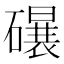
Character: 𱴸